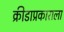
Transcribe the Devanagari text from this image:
क्रीडाप्रकाराला